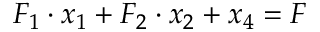
F _ { 1 } \cdot x _ { 1 } + F _ { 2 } \cdot x _ { 2 } + x _ { 4 } = F